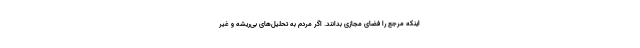
اینکه مرجع را فضای مجازی بدانند. اگر مردم به تحلیل‌های بی‌ریشه و غیر